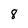
Character: 8